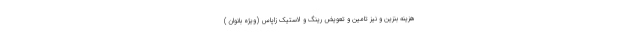
هزینه بنزین و نیز تامین و تعویض رینگ و لاستیک زاپاس (ویژه بانوان )